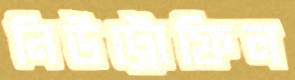
নিউট্রোফিল